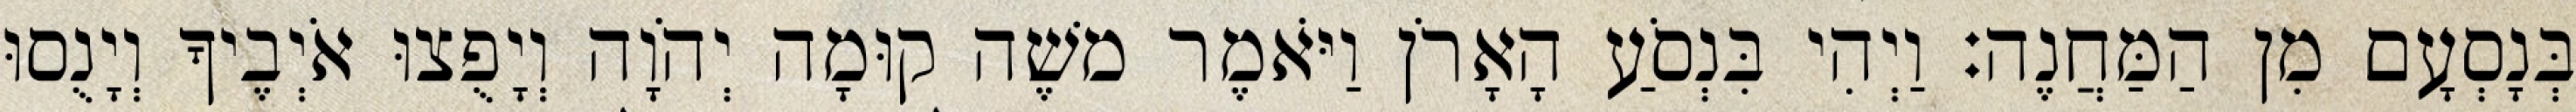
בְּנָסְעָם מִן הַמַּחֲנֶה׃ וַיְהִי בִּנְסֹעַ הָאָרֹן וַיֹּאמֶר משֶׁה קוּמָה יְהֹוָה וְיָפֻצוּ אֹיְבֶיךָ וְיָנֻסוּ